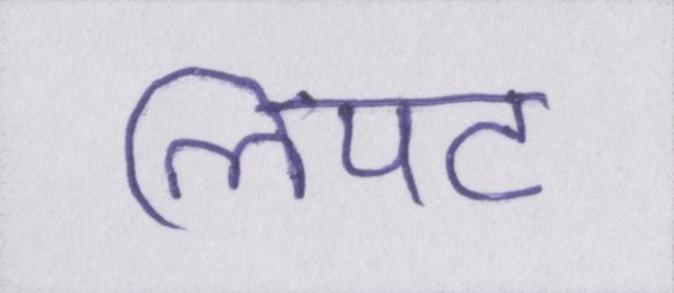
लिपट